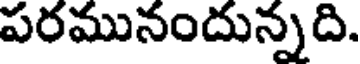
పరమునందున్నది.